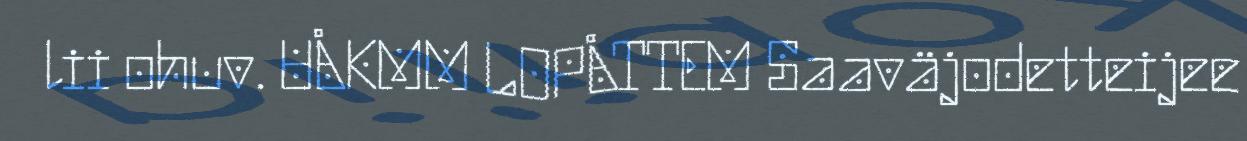
lii ohuv. UÅKMM LOPÅTTEM Saaväjodetteijee